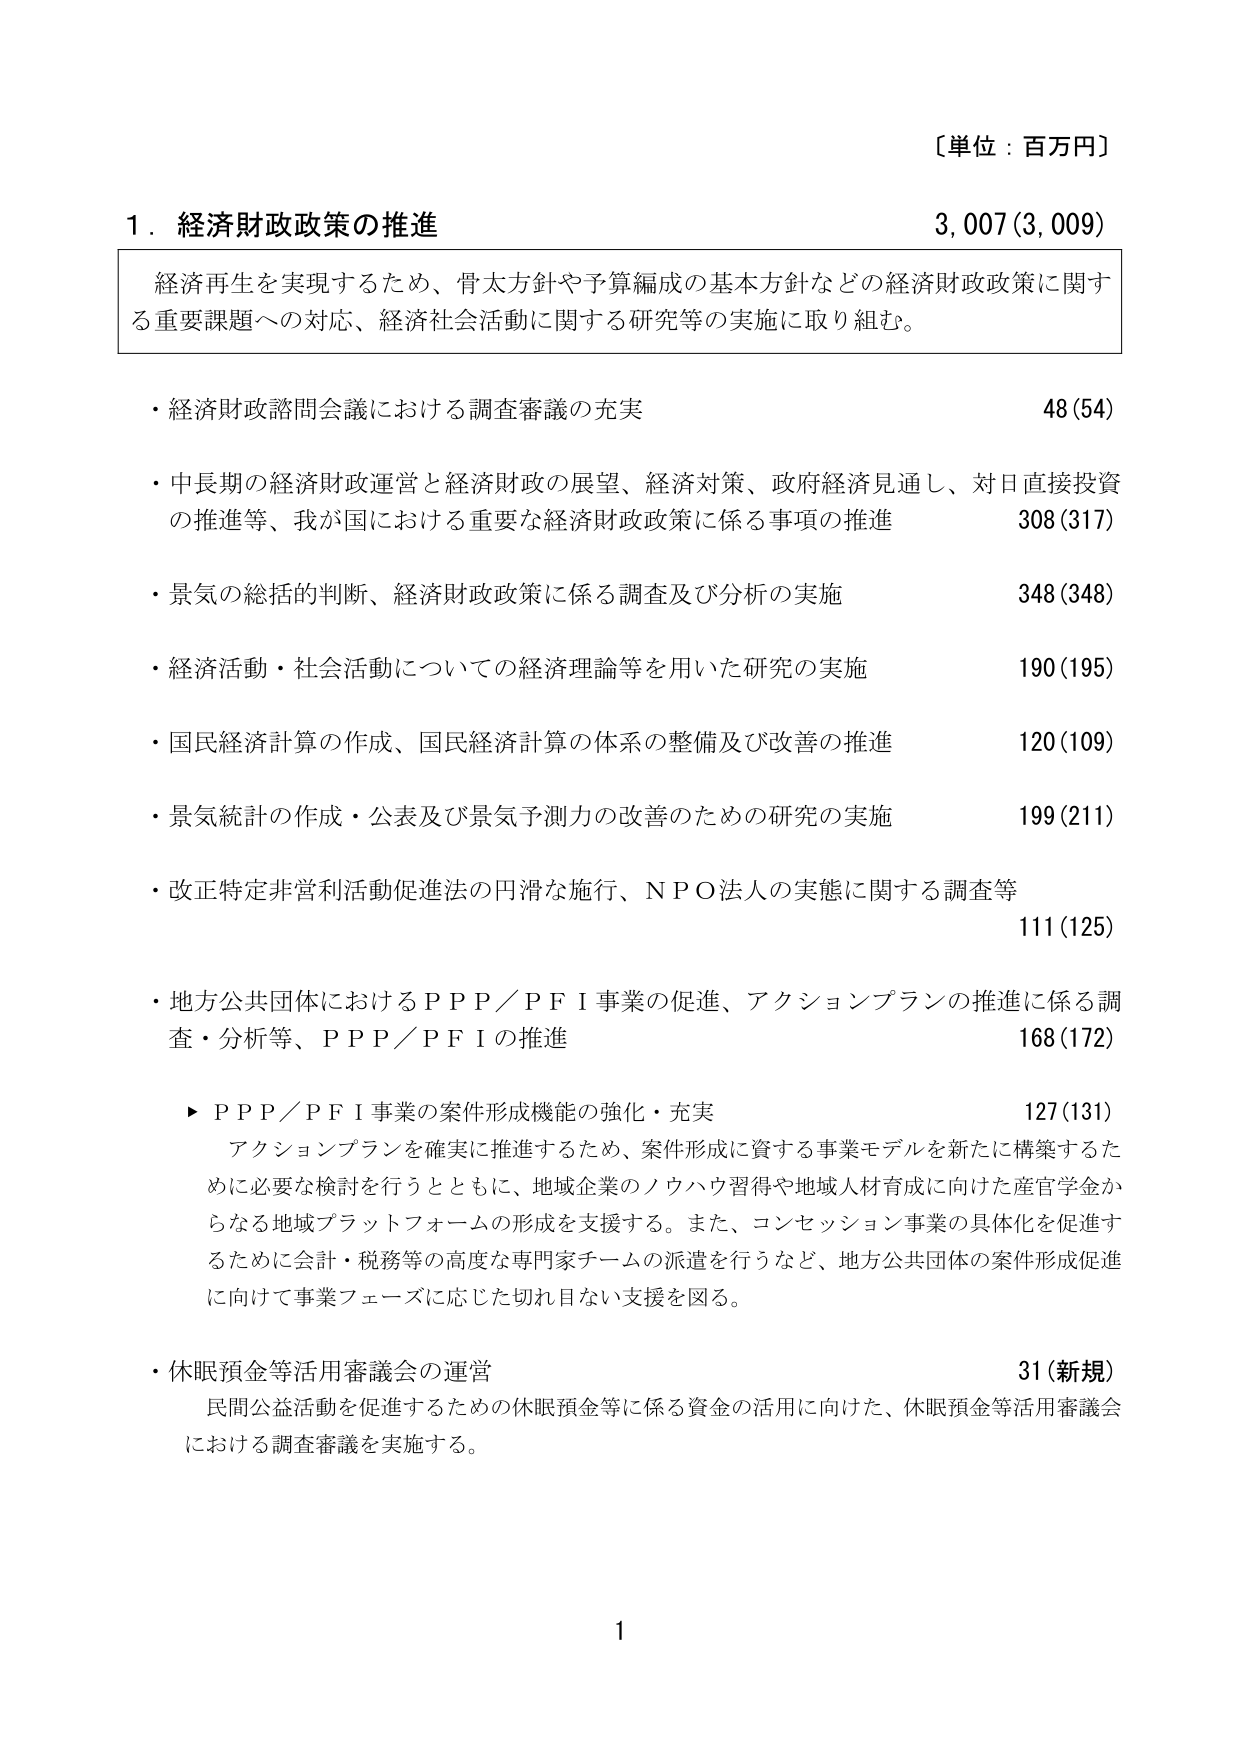
〔単位：百万円〕

１．経済財政政策の推進　　3,007(3,009)

　経済再生を実現するため、骨太方針や予算編成の基本方針などの経済財政政策に関する重要課題への対応、経済社会活動に関する研究等の実施に取り組む。

・経済財政諮問会議における調査審議の充実　　　　　　　　　　　　　48(54)

・中長期の経済財政運営と経済財政の展望、経済対策、政府経済見通し、対日直接投資の推進等、我が国における重要な経済財政政策に係る事項の推進　　308(317)

・景気の総括的判断、経済財政政策に係る調査及び分析の実施　　　　　　348(348)

・経済活動・社会活動についての経済理論等を用いた研究の実施　　　　190(195)

・国民経済計算の作成、国民経済計算の体系の整備及び改善の推進　　　120(109)

・景気統計の作成・公表及び景気予測力の改善のための研究の実施　　　199(211)

・改正特定非営利活動促進法の円滑な施行、ＮＰＯ法人の実態に関する調査等　111(125)

・地方公共団体におけるＰＰＰ／ＰＦＩ事業の促進、アクションプランの推進に係る調査・分析等、ＰＰＰ／ＰＦＩの推進　　　　　　　　　　　　　　　　168(172)

　▶ＰＰＰ／ＰＦＩ事業の案件形成機能の強化・充実　　　　　　　　　　　127(131)

　　アクションプランを確実に推進するため、案件形成に資する事業モデルを新たに構築するために必要な検討を行うとともに、地域企業のノウハウ習得や地域人材育成に向けた産官学金からなる地域プラットフォームの形成を支援する。また、コンセッション事業の具体化を促進するために会計・税務等の高度な専門家チームの派遣を行うなど、地方公共団体の案件形成促進に向けて事業フェーズに応じた切れ目ない支援を図る。

・休眠預金等活用審議会の運営　　　　　　　　　　　　　　　　　　　　31(新規)

　　民間公益活動を促進するための休眠預金等に係る資金の活用に向けた、休眠預金等活用審議会における調査審議を実施する。

1